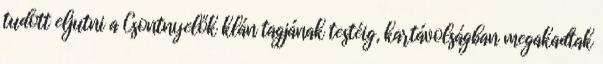
tudott eljutni a Csontnyelők klán tagjának testéig, kartávolságban megakadtak